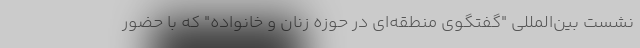
نشست بین‌المللی "گفتگوی منطقه‌ای در حوزه زنان و خانواده" که با حضور